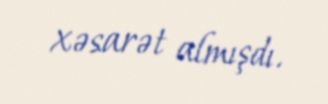
xəsarət almışdı.